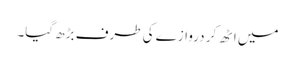
میں اٹھ کر دروازے کی طرف بڑھ گیا۔